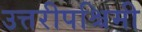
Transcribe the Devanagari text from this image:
उत्तरीपश्चिमी